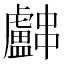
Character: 𬟳